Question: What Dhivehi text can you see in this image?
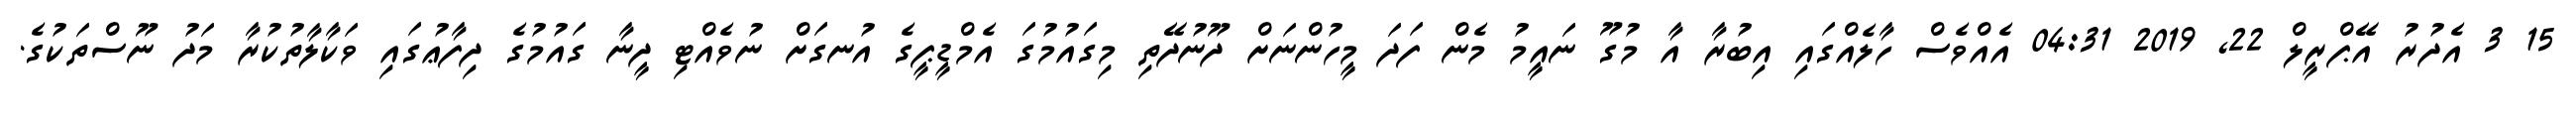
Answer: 15 3 އެދުރު އޭޕްރީލް 22, 2019 04:31 އެއްވެސް ހާލެއްގައި އިބުރާ އާ މުގޫ ނައީމު މެން ފަދަ މީހުންނަށް ދޫނުދޭތި މިގައުމުގަ އެމްޑީޕީގެ އުނގަށް ނުވެއްޓި ދީނާ ގައުމުގެ ދިފާޢުގައި ވަކާލާތުކުރާ މަދު ނޫސްތަކުގެ.